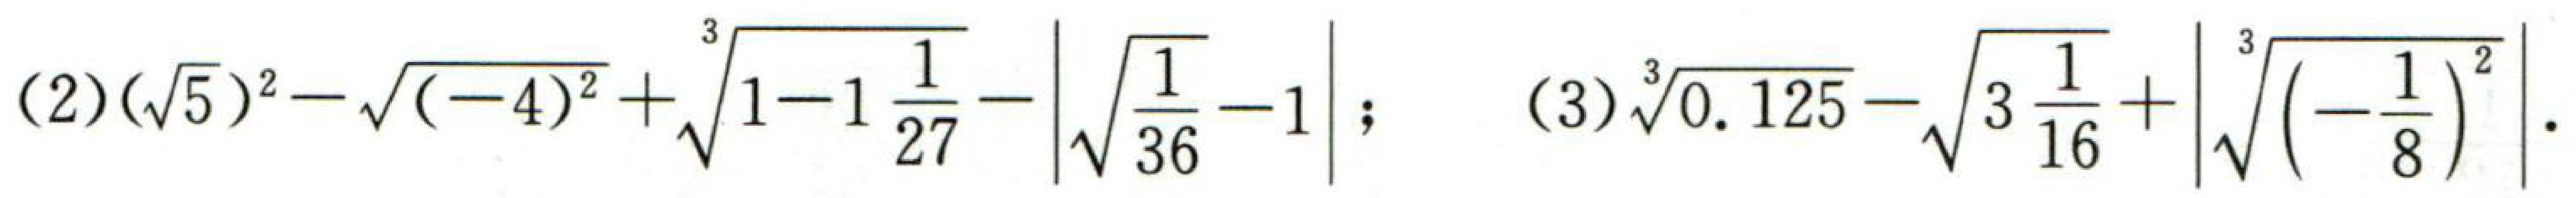
(2)$(\sqrt{5})^{2}-\sqrt{(-4)^{2}}+\sqrt[3]{1 - 1\frac{1}{27}}-\left|\sqrt{\frac{1}{36}}-1\right|$; (3)$\sqrt[3]{0.125}-\sqrt{3\frac{1}{16}}+\left|\sqrt[3]{(-\frac{1}{8})^{2}}\right|$.